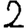
Digit: 2